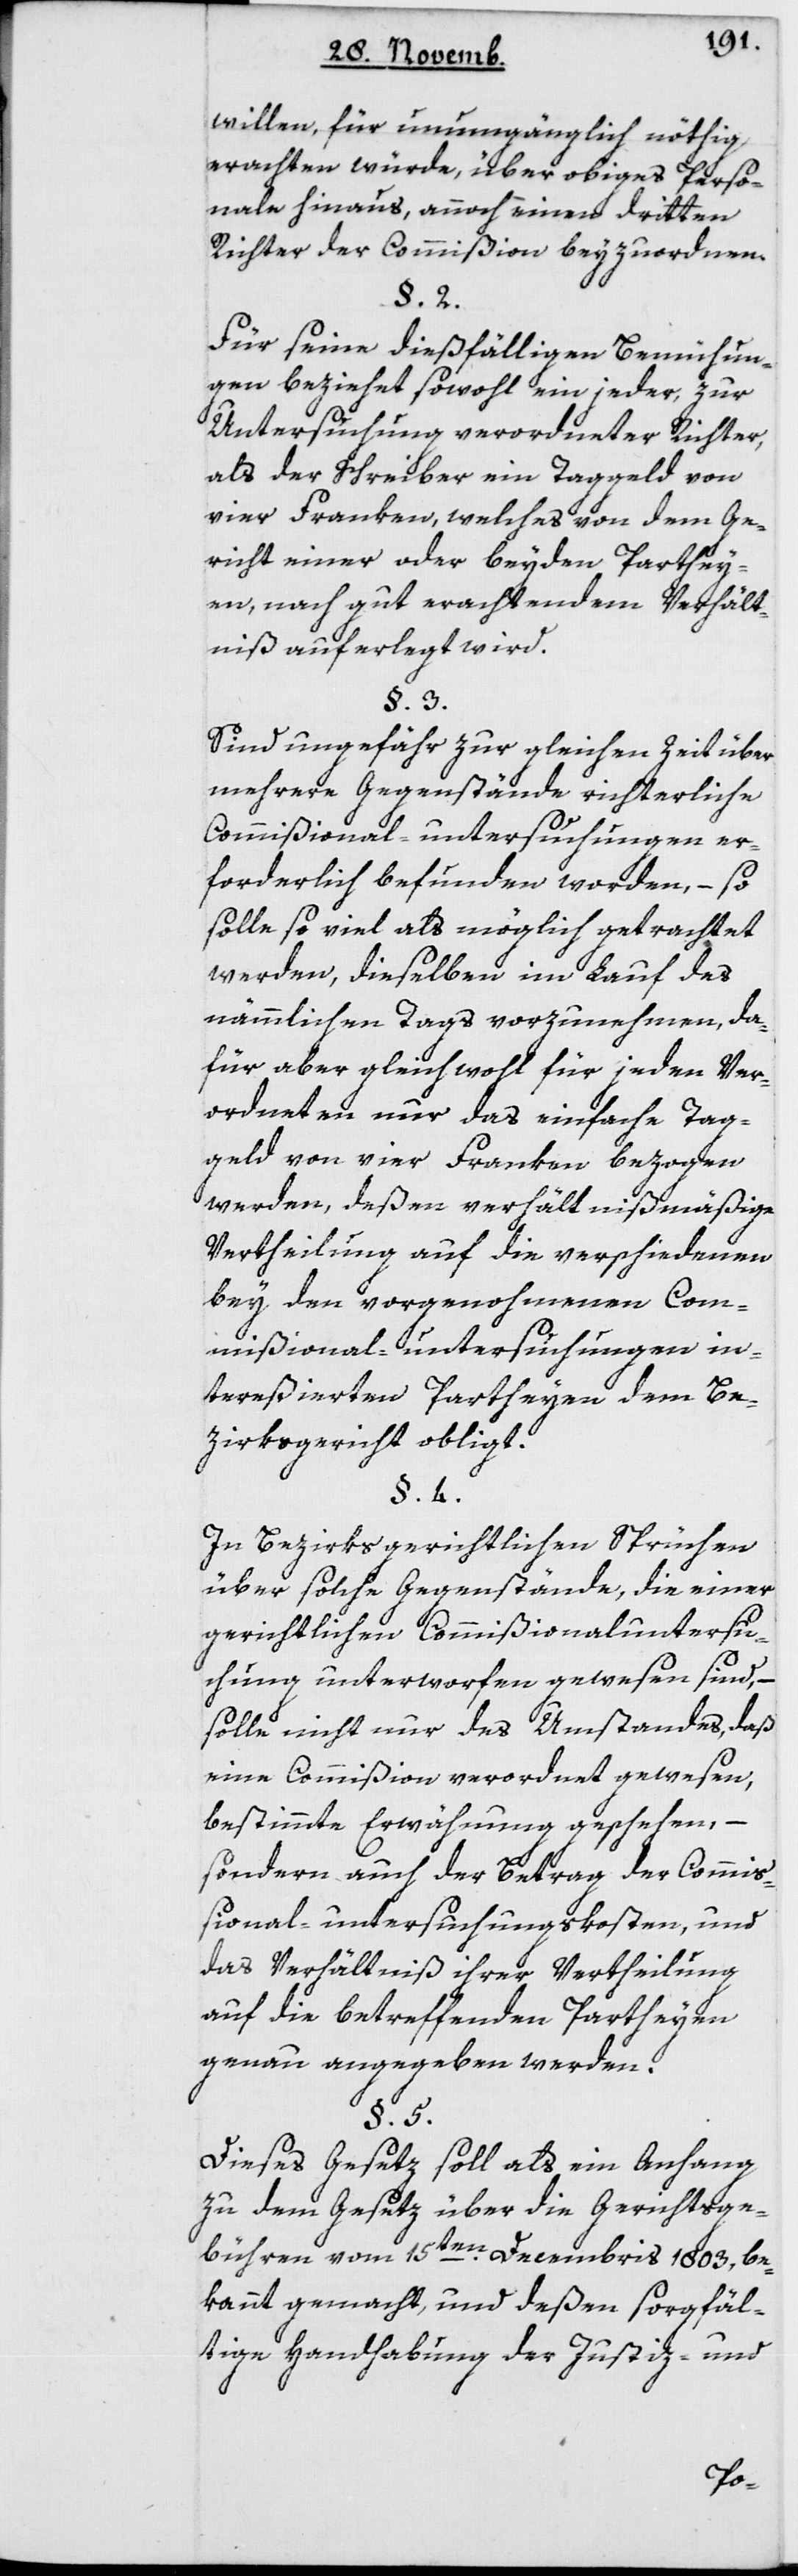
willen, für unumgänglich nöthig
erachten würde, über obiges Perso¬
nale hinaus, annoch einen dritten
Richter der Commißion beyzuordnen.
Für seine dießfälligen Bemühun¬
gen beziehet sowohl ein jeder zur
Untersuchung verordneter Richter,
als der Schreiber ein Taggeld von
vier Franken, welches von dem Ge¬
richt einer oder beyden Parthei¬
en, nach gut erachtendem Verhält¬
nis auferlegt wird.
Sind ungefähr zur gleichen Zeit über
mehrere Gegenstände richterliche
Commißional-untersuchungen er¬
forderlich befunden worden, – so
solle so viel als möglich getrachtet
werden, dieselben im Lauf des
nämmlichen Tags vorzunehmen, da¬
für aber gleichwohl für jeden Ver¬
ordneten nur das einfache Tag¬
geld von vier Franken bezogen
werden, deßen verhältnismäßige
Vertheilung auf die verschiedenen
bey den vorgenohmenen Com¬
mißional-untersuchungen in¬
tereßierten Partheyen dem Be¬
zirksgericht obligt.
In bezirksgerichtlichen Sprüchen
über solche Gegenstände, die einer
gerichtlichen Commißionaluntersu¬
chung unterworfen gewesen sind, –
solle nicht nur des Umstandes, daß
eine Commißion verordnet gewesen,
bestimmte Erwähnung geschehen, –
sondern auch der Betrag der Commiß¬
ional-untersuchungs-Kosten, und
das Verhältnis ihrer Vertheilung
auf die betreffenden Partheyen
genau angegeben werden.
Dieses Gesetz soll als ein Anhang
zu dem Gesetz über die Gerichtsge¬
bühren vom 15ten Decembris 1803 be¬
kannt gemacht, und deßen sorgfäl¬
tige Handhabung der Justiz- und